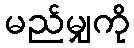
မည်မျှကို